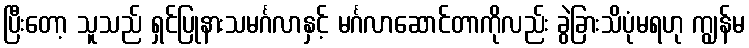
ပြီးတော့ သူသည် ရှင်ပြုနားသမင်္ဂလာနှင့် မင်္ဂလာဆောင်တာကိုလည်း ခွဲခြားသိပုံမရဟု ကျွန်မ